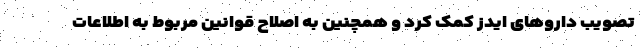
تصویب داروهای ایدز کمک کرد و همچنین به اصلاح قوانین مربوط به اطلاعات